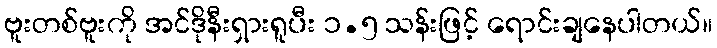
ဗူးတစ်ဗူးကို အင်ဒိုနီးရှားရူပီး ၁.၅ သန်းဖြင့် ရောင်းချနေပါတယ်။